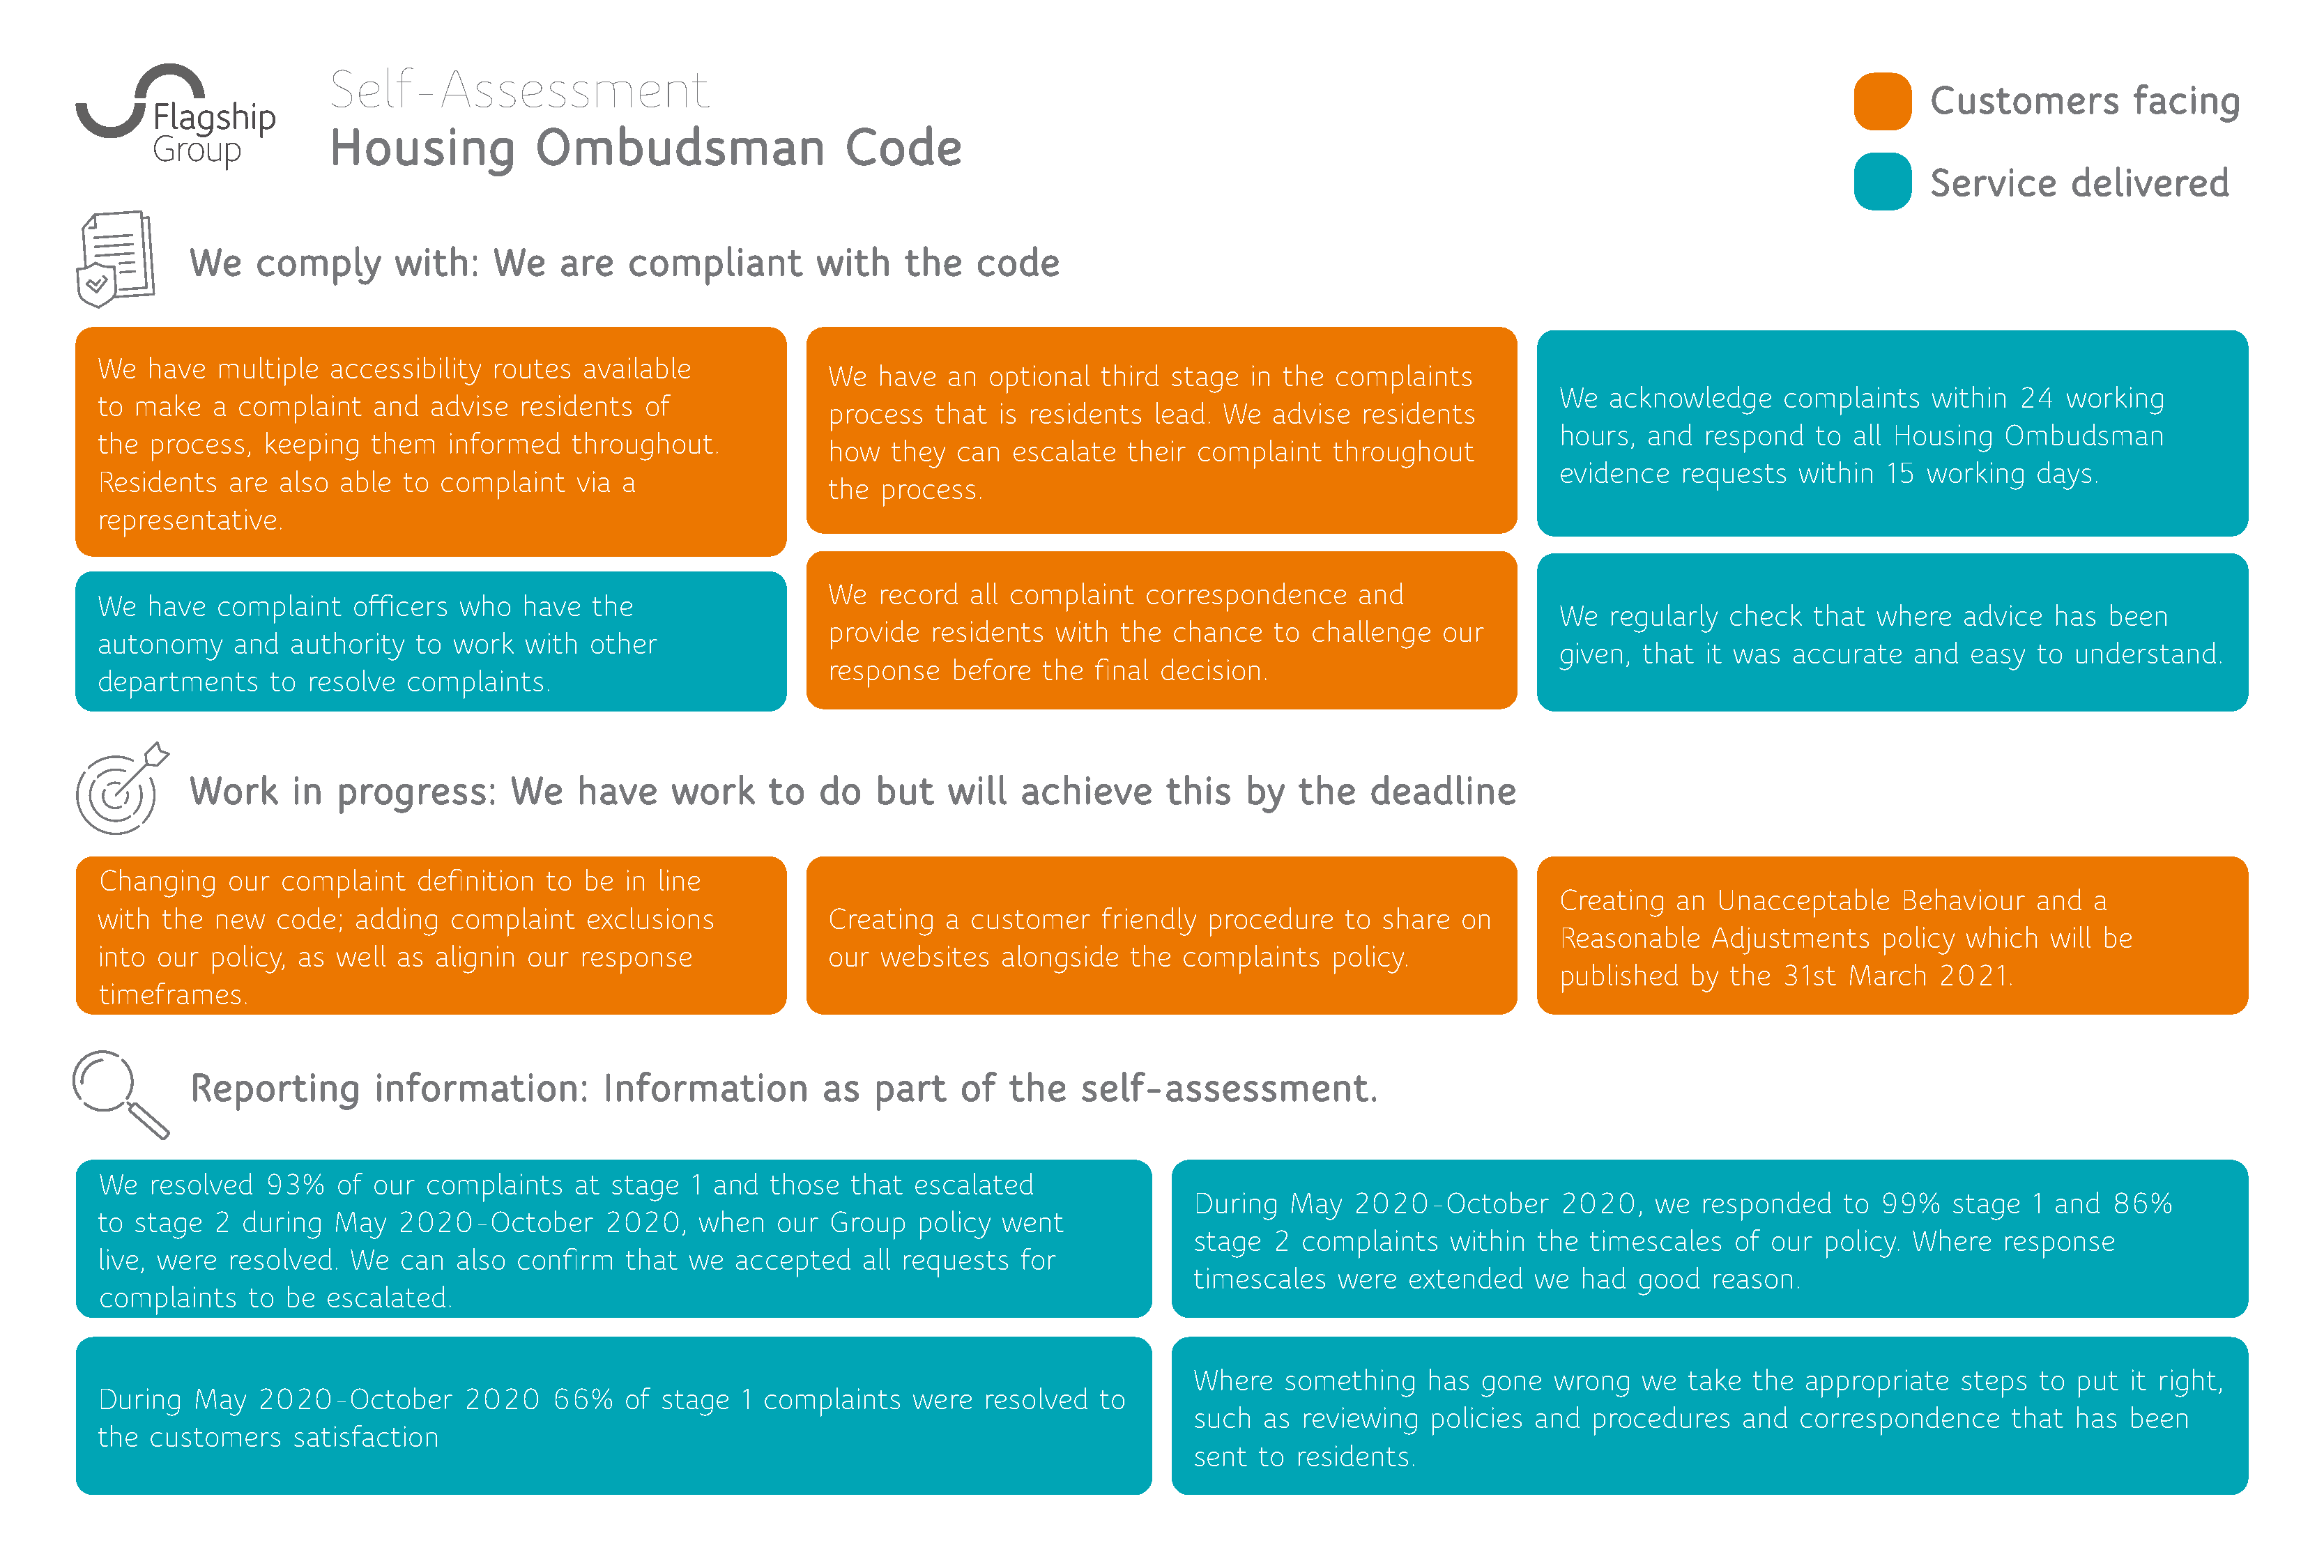
Self-Assessment
 Customers           facing
 Housing             Ombudsman                    Code
 Service       delivered
 We    comply       with:     We    are    compliant         with    the    code
 We   have   multiple  accessibility   routes  available
 We  have   an  optional   third stage   in the  complaints
 We   acknowledge     complaints    within   24  working
 to  make   a  complaint    and  advise  residents   of
 process   that  is residents   lead. We   advise  residents
 hours,  and   respond   to  all Housing   Ombudsman
 the  process,   keeping   them    informed   throughout.
 how   they  can  escalate   their  complaint    throughout
 evidence    requests   within  15  working   days.
 Residents    are also  able  to  complaint    via a
 the  process.
 representative.
 We  record   all complaint    correspondence      and
 We   have   complaint    officers  who   have  the
 We   regularly  check   that  where   advice   has  been
 provide  residents   with  the  chance    to  challenge   our
 autonomy     and   authority  to  work   with  other
 given,  that  it was  accurate    and  easy  to  understand.
 response   before   the  final decision.
 departments      to resolve   complaints.
 Work      in  progress:       We     have     work     to   do   but    will   achieve       this   by   the    deadline
 Changing     our  complaint    definition  to be  in line
 Creating   an  Unacceptable      Behaviour   and   a
 with  the  new   code;   adding   complaint    exclusions             Creating   a customer     friendly  procedure    to share   on
 Reasonable     Adjustments     policy  which   will be
 into  our  policy, as  well  as alignin  our  response                our  websites   alongside   the  complaints    policy.
 published   by  the  31st  March    2021.
 timeframes.
 Reporting         information:         Information          as   part    of   the    self-assessment.
 We   resolved   93%    of our  complaints     at stage   1 and  those   that  escalated
 During   May    2020-October       2020,    we   responded    to  99%   stage   1 and   86%
 to  stage  2  during   May   2020-October       2020,    when    our  Group   policy  went
 stage   2  complaints    within  the  timescales    of our  policy.  Where   response
 live, were   resolved.  We   can  also  confirm   that  we   accepted    all requests   for
 timescales    were   extended    we  had   good  reason.
 complaints     to be  escalated.
 Where    something     has  gone   wrong   we  take  the  appropriate    steps   to put  it right,
 During   May   2020-October        2020    66%    of  stage  1  complaints    were  resolved   to
 such   as  reviewing   policies  and  procedures    and   correspondence      that  has  been
 the  customers     satisfaction
 sent   to residents.